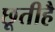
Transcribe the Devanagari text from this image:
छूतीहै